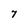
Character: 7